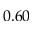
0 . 6 0